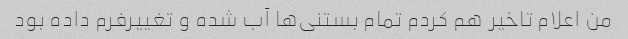
من اعلام تاخیر هم کردم تمام بستنی‌ها آب شده و تغییرفرم داده بود